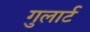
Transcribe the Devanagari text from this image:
गुलार्ट